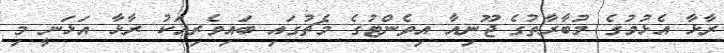
ރާޅާ އެޅުމުގެ މުބާރާތުގެ ޖޫނިއާ އިވެންޓުގެ މެޗުގައި ބައިވެރިއަކު ރާޅާ އަޅަނީ މި